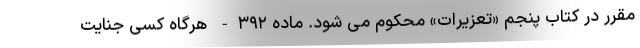
مقرر در کتاب پنجم «تعزیرات» محکوم می شود. ماده ۳۹۲- هرگاه کسی جنایت